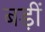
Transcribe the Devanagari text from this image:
बड़ीं